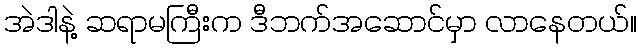
အဲဒါနဲ့ ဆရာမကြီးက ဒီဘက်အဆောင်မှာ လာနေတယ်။